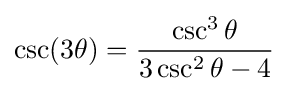
\csc(3\theta )={\frac {\csc ^{3}\theta }{3\csc ^{2}\theta -4}}